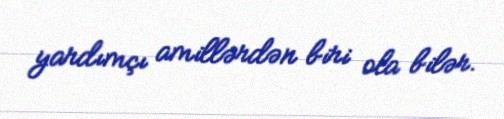
yardımçı amillərdən biri ola bilər.